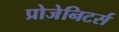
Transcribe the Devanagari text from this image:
प्रोजेनिटर्स